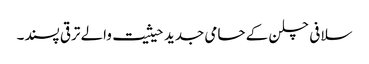
سلافی چلن کے حامی جدید حیثیت والے ترقی پسند۔